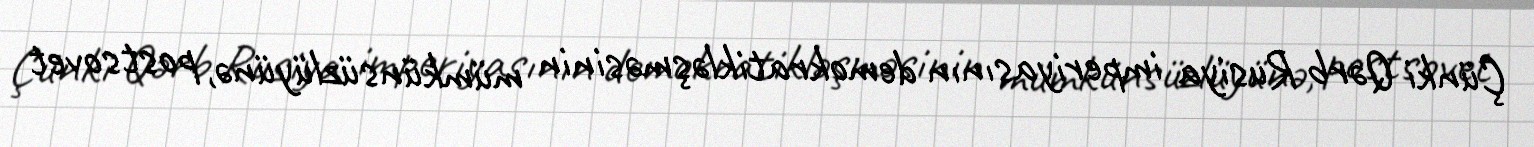
Çünki Qərb Rusiya imperiyasının demokratikləşməsinin mümkünsüzlüyünə, postsovet